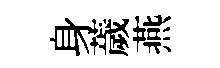
身薉燕